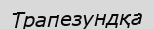
Трапезундқа